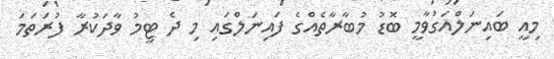
މިއީ ބައިނަލްއަގުވާމީ ބޮޑު މުބާރާތެއްގެ ފައިނަލްގައި މި ދެ ޓީމު ވާދަކުރާ ފުރަތަމަ